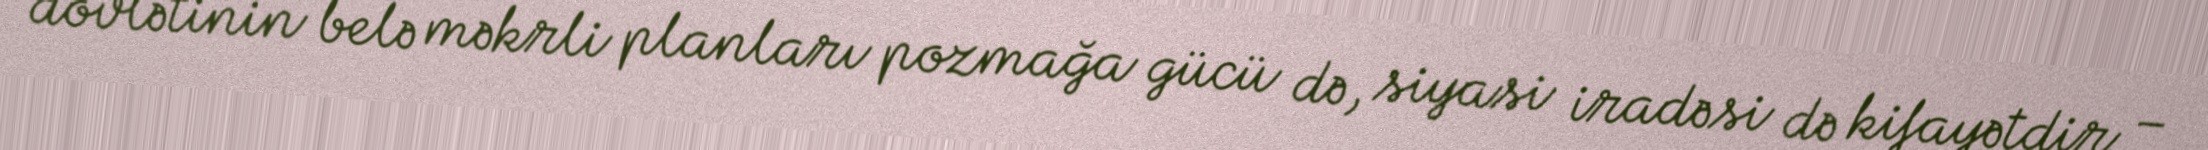
dövlətinin belə məkrli planları pozmağa gücü də, siyasi iradəsi də kifayətdir –